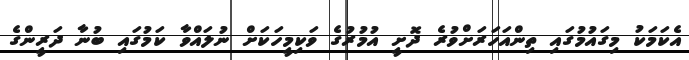
އެކަމަކު މިގައުމުގައި ތިންއަހަރަށްވުރެ ދޮށީ އުމުރުގެ ވަކިމީހަކަށް ނުލައްވާ ކަމުގައި ބުނާ ދަރީންގެ